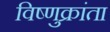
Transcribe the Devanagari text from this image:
विष्णुक्रांता